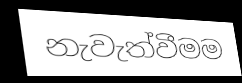
නැවැත්වීමම